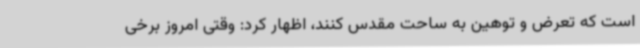
است که تعرض و توهین به ساحت مقدس کنند، اظهار کرد: وقتی امروز برخی